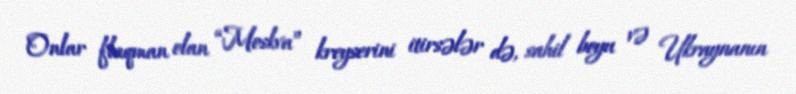
Onlar flaqman olan “Moskva” kreyserini itirsələr də, sahil boyu və Ukraynanın